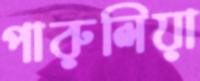
পারুলিয়া